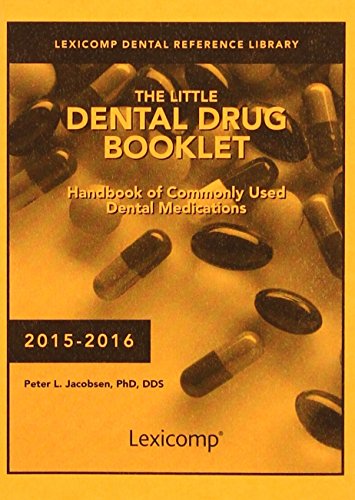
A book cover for Little Dental Drug Booklet 2015-16; Peter L. Jacobsen; Medical Books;